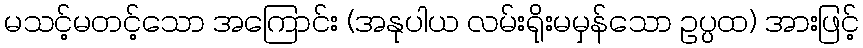
မသင့်မတင့်သော အကြောင်း (အနုပါယ လမ်းရိုးမမှန်သော ဥပ္ပထ) အားဖြင့်